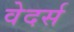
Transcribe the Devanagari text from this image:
वेदर्स